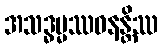
အသဒ္ဓမ္မဿဝနန္တိဿ